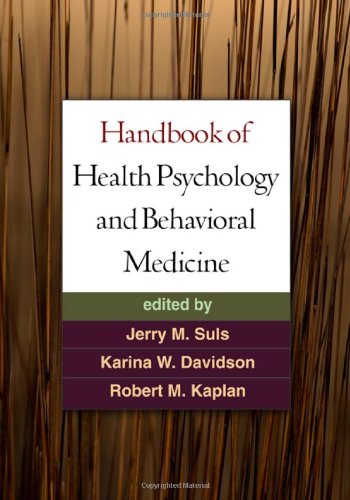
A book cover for Handbook of Health Psychology and Behavioral Medicine; Medical Books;